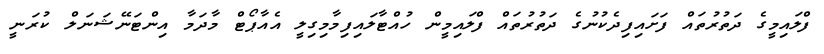
ފްލައިމީގެ ދަތުރުތައް ފަށައިފިދެކުނުގެ ދަތުރުތައް ފްލައިމީން ހުއްޓާލައިފިމާމިގިލީ އެއާޕޯޓް މާދަމާ އިންޓަނޭޝަނަލް ކުރަނީ